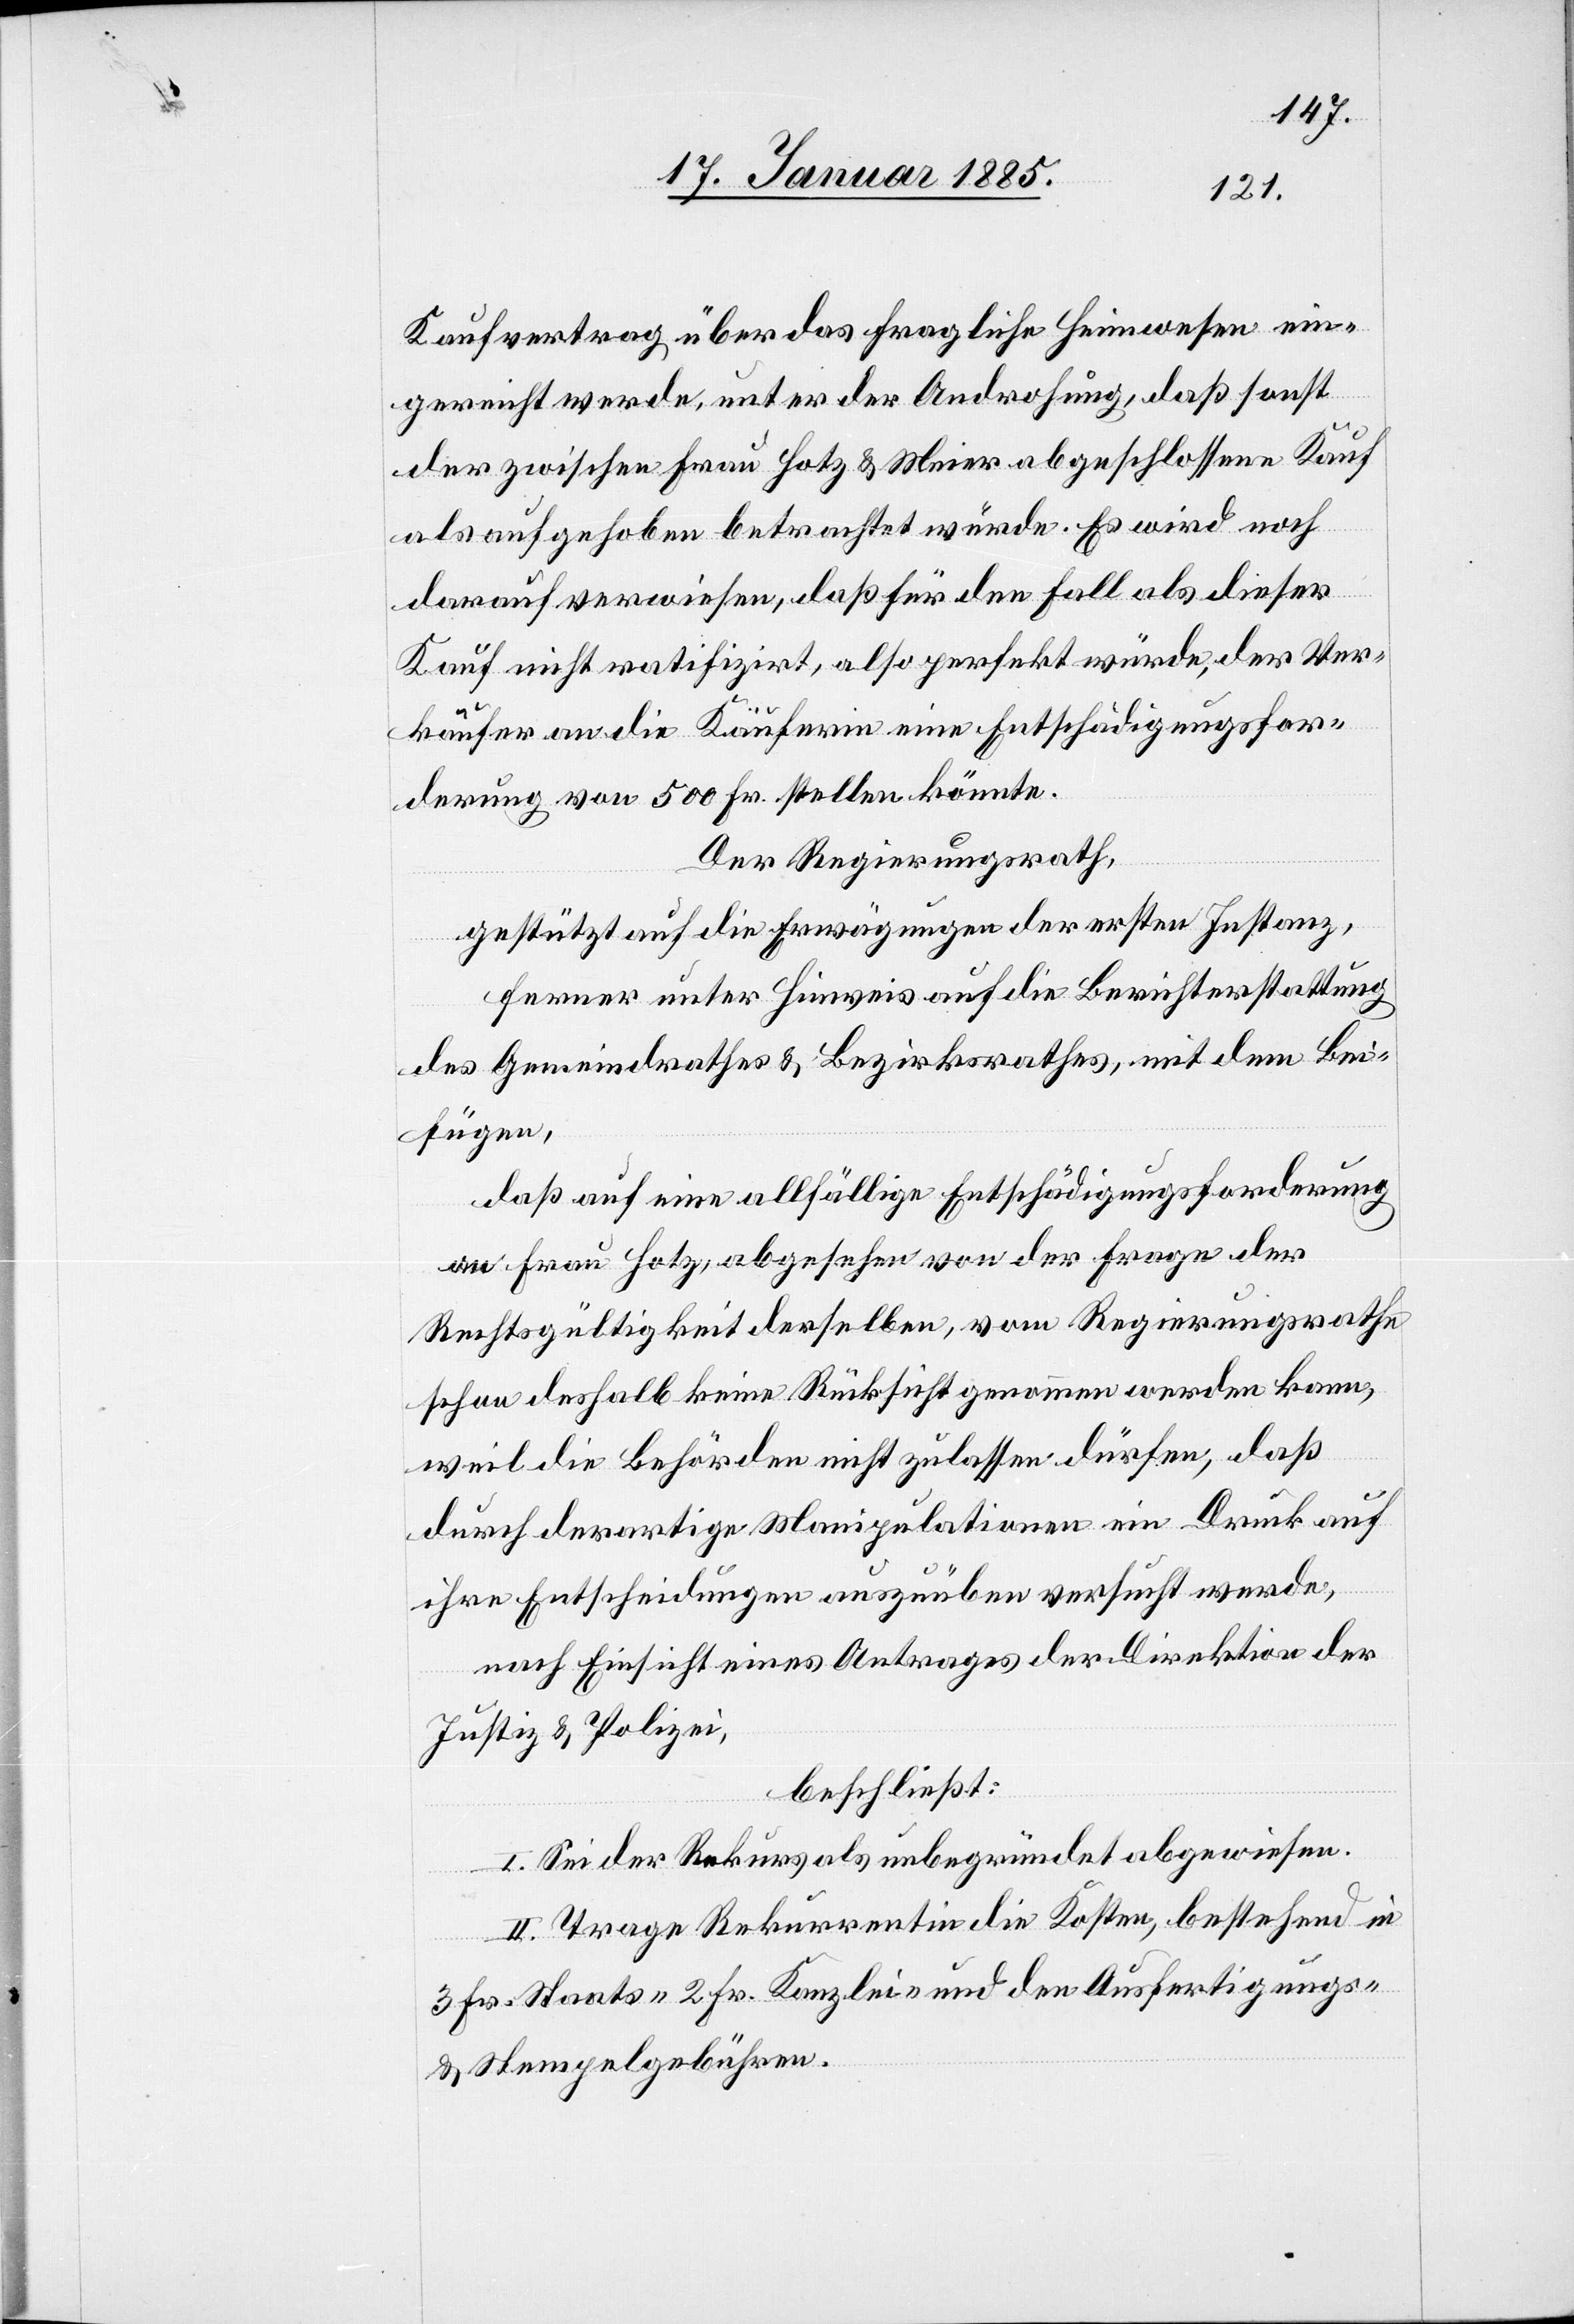
Kaufvertrag über das fragliche Heimwesen ein¬
gereicht werde, unter der Androhung, daß sonst
der zwischen Frau Hotz & Meier abgeschlossene Kauf
als aufgehoben betrachtet würde. Es wird noch
darauf verwiesen, daß für den Fall als dieser
Kauf nicht ratifizirt, also perfekt würde, der Ver¬
käufer an die Käuferin eine Entschädigungsfor¬
derung von 500 Fr. stellen könnte.
Der Regierungsrath,
gestützt auf die Erwägungen der ersten Instanz,
ferner unter Hinweis auf die Berichterstattung
des Gemeindrathes & Bezirksrathes, mit dem Bei¬
fügen,
daß auf eine allfällige Entschädigungsforderung
an Frau Hotz, abgesehen von der Frage der
Rechtsgültigkeit derselben, vom Regierungsrathe
schon deshalb keine Rücksicht genommen werden kann,
weil die Behörden nicht zulassen dürfen, daß
durch derartige Manipulationen ein Druck auf
ihre Entscheidungen auszuüben versucht werde,
nach Einsicht eines Antrages der Direktion der
Justiz & Polizei,
beschließt:
I. Sei der Rekurs unbegründet abgewiesen.
II. Trage Rekurrentin die Kosten, bestehend in
3 Fr. Staats-[,] & 2 Fr. Kanzlei und den Ausfertigungs-
& Stempelgebühren.